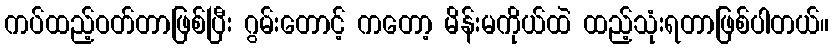
ကပ်ထည့်ဝတ်တာဖြစ်ပြီး ဂွမ်းတောင့် ကတော့ မိန်းမကိုယ်ထဲ ထည့်သုံးရတာဖြစ်ပါတယ်။